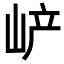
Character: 𡶴